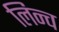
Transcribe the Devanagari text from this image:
लिन्च